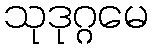
သုဒုဂ္ဂမေ